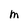
Character: M